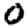
Digit: 0